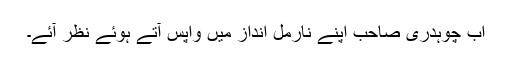
اب چوہدری صاحب اپنے نارمل انداز میں واپس آتے ہوئے نظر آئے۔